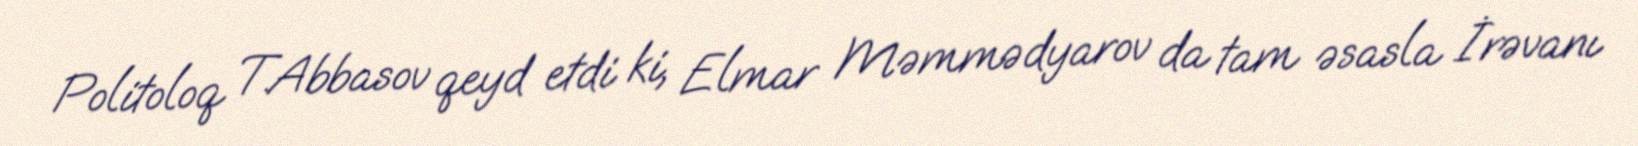
Politoloq T.Abbasov qeyd etdi ki, Elmar Məmmədyarov da tam əsasla İrəvanı